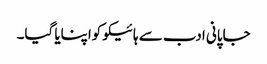
جاپانی ادب سے ہائیکو کواپنایا گیا۔